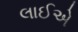
લાઈએ